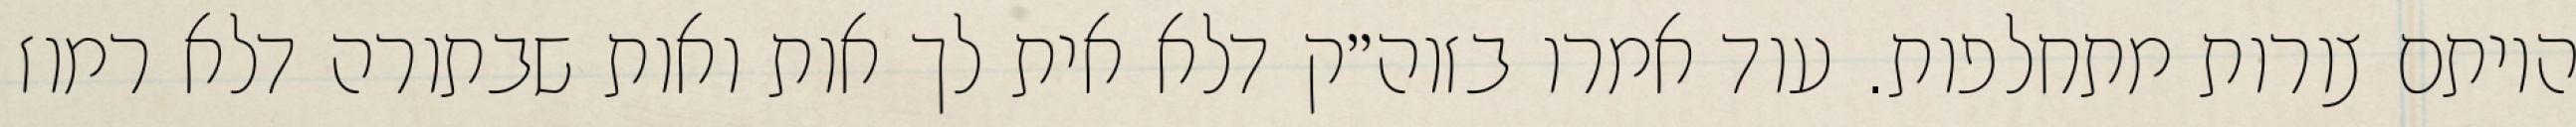
היותם צורות מתחלפות. עוד אמרו בזוה״ק דלא אית לך אות ואות שבתורה דלא רמוז